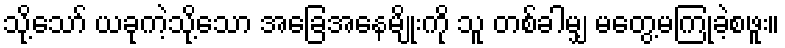
သို့သော် ယခုကဲ့သို့သော အခြေအနေမျိုးကို သူ တစ်ခါမျှ မတွေ့မကြုံခဲ့စဖူး။